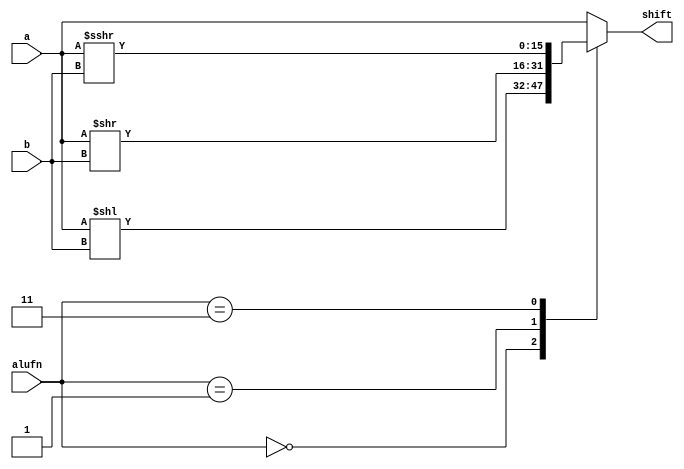
/*
   This file was generated automatically by Alchitry Labs version 1.2.7.
   Do not edit this file directly. Instead edit the original Lucid source.
   This is a temporary file and any changes made to it will be destroyed.
*/

module shifter_20 (
    input [15:0] a,
    input [3:0] b,
    input [1:0] alufn,
    output reg [15:0] shift
  );
  
  
  
  always @* begin
    
    case (alufn)
      2'h0: begin
        shift = a << b;
      end
      2'h1: begin
        shift = a >> b;
      end
      2'h3: begin
        shift = $signed(a) >>> b;
      end
      default: begin
        shift = a;
      end
    endcase
  end
endmodule